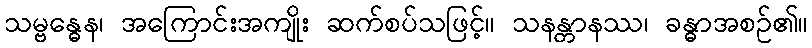
သမ္ဗန္ဓေန၊ အကြောင်းအကျိုး ဆက်စပ်သဖြင့်။ သနန္တာနဿ၊ ခန္ဓာအစဉ်၏။